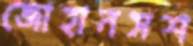
জোহানসশ